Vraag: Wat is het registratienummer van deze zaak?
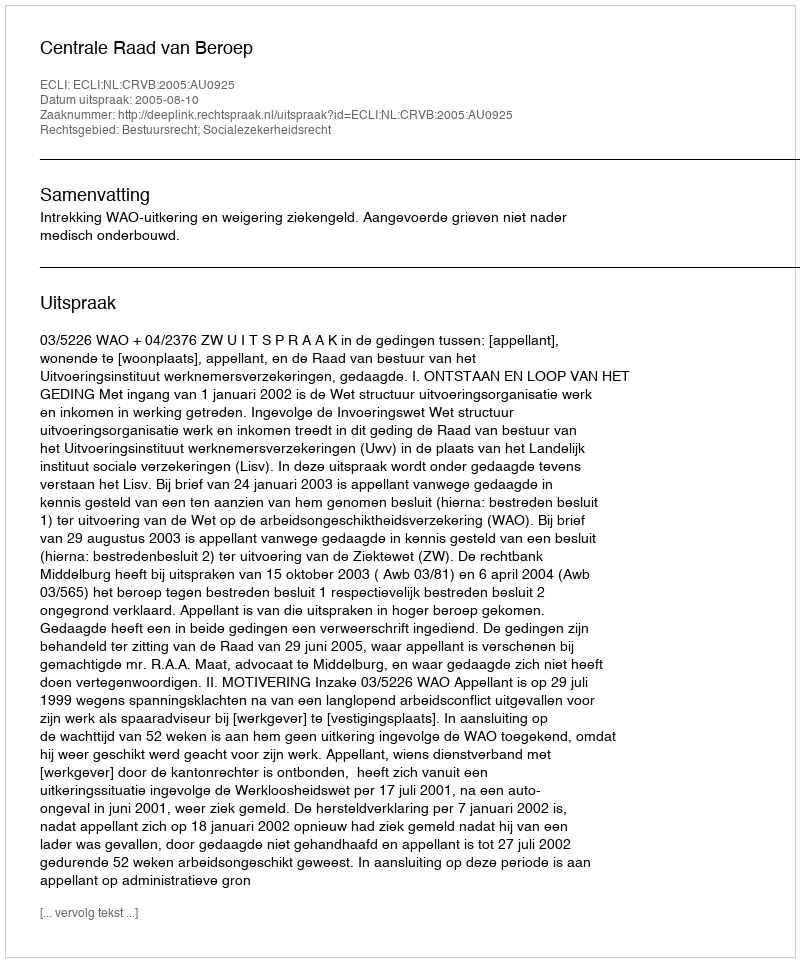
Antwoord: http://deeplink.rechtspraak.nl/uitspraak?id=ECLI:NL:CRVB:2005:AU0925